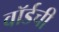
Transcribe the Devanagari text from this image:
वॉर्डची